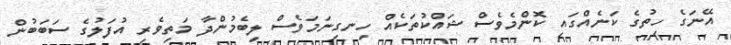
އޭނަގެ ހިތުގެ ކަނެއްގައި ކޮންމެވެސް ޝައްކުތަކެއް ހިނގިނަމަވެސް ލިބެމުންދާ މަތިވެރި އުފަލުގެ ސަބަބުން